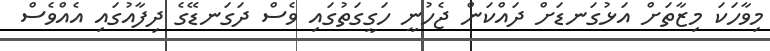
މިވާހަކަ މިޒާތަށް އަޅުގަނޑަށް ދައްކަން ޖެހުނީ ހަގީގަތުގައި ވެސް ދަގަނޑޭގެ ދިފާއުގައި އެއްވެސް